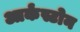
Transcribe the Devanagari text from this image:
आर्कंस्टोन